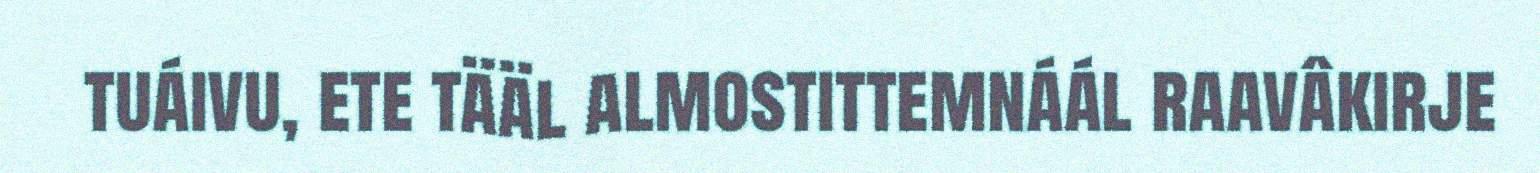
tuáivu, ete tääl almostittemnáál raavâkirje